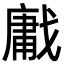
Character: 𢧳